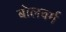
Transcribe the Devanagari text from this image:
बोलवर्म